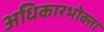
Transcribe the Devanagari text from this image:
अधिकारभोक्ता